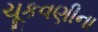
ચૂકવણીના